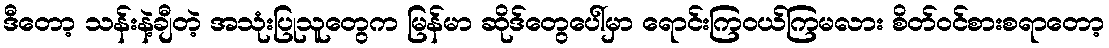
ဒီတော့ သန်းနဲ့ချီတဲ့ အသုံးပြုသူတွေက မြန်မာ ဆိုဒ်တွေပေါ်မှာ ရောင်းကြဝယ်ကြမလား စိတ်ဝင်စားစရာတော့